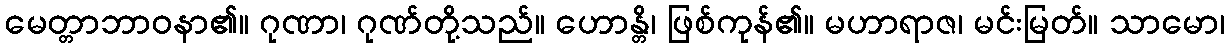
မေတ္တာဘာဝနာ၏။ ဂုဏာ၊ ဂုဏ်တို့သည်။ ဟောန္တိ၊ ဖြစ်ကုန်၏။ မဟာရာဇ၊ မင်းမြတ်။ သာမော၊